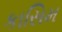
કાસિમ